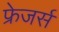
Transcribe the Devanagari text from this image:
फ्रेजर्स